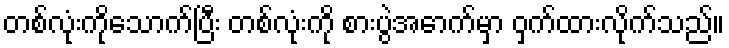
တစ်လုံးကိုသောက်ပြီး တစ်လုံးကို စားပွဲအောက်မှာ ဝှက်ထားလိုက်သည်။